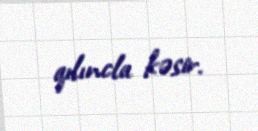
qılıncla kəsir.